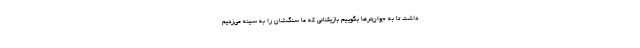
داشت تا به جوان‌ترها بگوییم بازیکنانی که ما سنگ‌شان را به سینه می‌زدیم